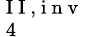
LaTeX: _{\mathrm{~4~}}^{\mathrm{~I~I~,~i~n~v~}}